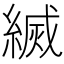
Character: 𦄅